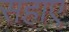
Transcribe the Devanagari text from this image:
सहाए